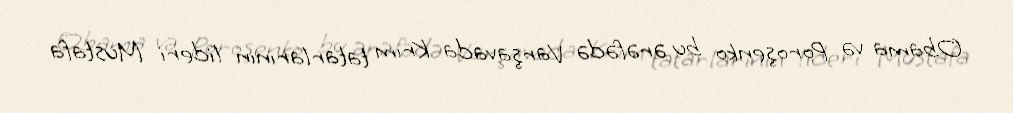
Obama və Poroşenko bu ərəfədə Varşavada Krım tatarlarının lideri Mustafa